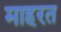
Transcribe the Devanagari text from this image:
माहरत